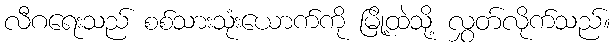
လီဂရေးသည် စစ်သားသုံးယောက်ကို မြို့ထဲသို့ လွှတ်လိုက်သည်။